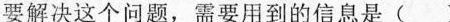
要解决这个问题，需要用到的信息是( )